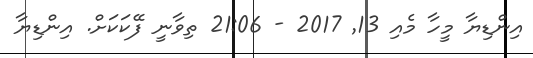
އިންޑިޔާ މީހާ މެއި 13